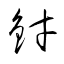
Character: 釮